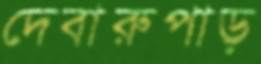
দেবারুপাড়